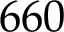
6 6 0